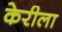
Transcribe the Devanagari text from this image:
केरीला